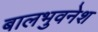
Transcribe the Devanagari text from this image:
बालभुवनेश